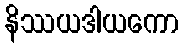
နိဿယဒါယကော